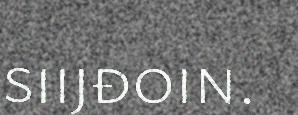
siijđoin.